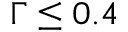
\Gamma \leq 0 . 4